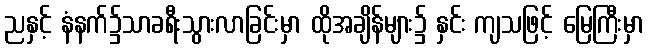
ညနှင့် နံနက်၌သာခရီးသွားလာခြင်းမှာ ထိုအချိန်များ၌ နှင်း ကျသဖြင့် မြေကြီးမှာ